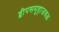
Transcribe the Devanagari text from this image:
द्वीपसमूहाजवळ